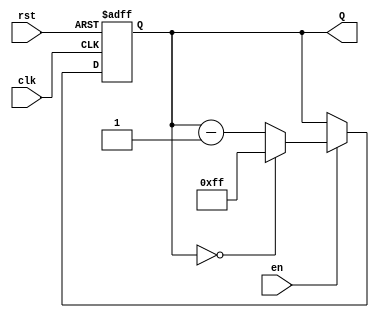
module DownCounter #(parameter N = 8) (
    input wire clk,        // Clock signal
    input wire rst,        // Asynchronous reset
    input wire en,         // Enable signal
    output reg [N-1:0] Q   // N-bit output count
);

// Maximum value for the counter
localparam MAX_COUNT = (1 << N) - 1;

always @(posedge clk or posedge rst) begin
    if (rst) begin
        // Asynchronous reset to maximum value (N)
        Q <= MAX_COUNT;
    end else if (en) begin
        // Decrement the counter, wrap around to MAX_COUNT when reaching 0
        if (Q == 0) begin
            Q <= MAX_COUNT; // Wrap around
        end else begin
            Q <= Q - 1;     // Normal decrement
        end
    end
    // If enable is not asserted, retain current value (Q)
end

endmodule